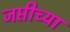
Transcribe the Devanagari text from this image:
जप्तीच्या